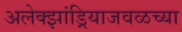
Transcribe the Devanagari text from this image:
अलेक्झांड्रियाजवळच्या